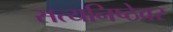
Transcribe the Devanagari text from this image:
सत्यनिष्ठेवर